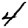
Digit: 4